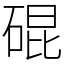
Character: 䃂